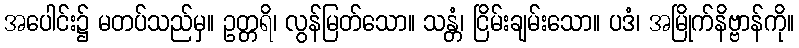
အပေါင်း၌ မတပ်သည်မှ။ ဥတ္တရိ၊ လွန်မြတ်သော။ သန္တံ၊ ငြိမ်းချမ်းသော။ ပဒံ၊ အမြိုက်နိဗ္ဗာန်ကို။